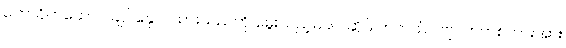
ကောင်ကထောင် ချုပ်နှောင်ထားသည်ကို မွေးသည့်မိခင် ဆိုပဲ တကယ်ပါဗျာ ဘက်စ်ကားအား